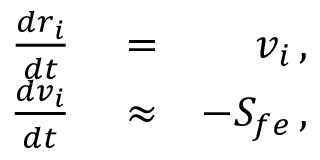
\begin{array} { r l r } { \frac { d r _ { i } } { d t } } & { { } = } & { v _ { i } \, , } \\ { \frac { d v _ { i } } { d t } } & { { } \approx } & { - S _ { f e } \, , } \end{array}